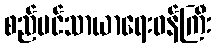
စည်ပင်သာယာရေးဝန်ကြီး